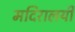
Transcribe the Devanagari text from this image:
मदिरालयी